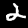
Label: 2